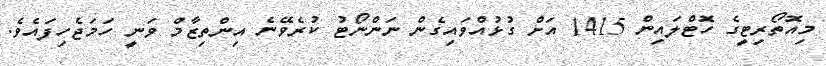
މިއޮތޯރިޓީގެ ހޮޓްލައިން 1415 އަށް ގުޅުއްވައިގެން ނަންނޯޓު ކުރެވޭނެ އިންތިޒާމް ވަނީ ހަމަޖެހިފައެވެ.